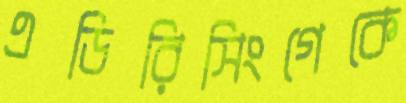
এডিরিসিংগেকে